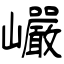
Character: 巗